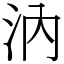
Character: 汭